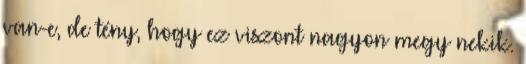
van-e, de tény, hogy ez viszont nagyon megy nekik.